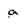
Character: a